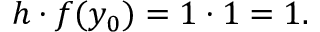
h \cdot f ( y _ { 0 } ) = 1 \cdot 1 = 1 . \qquad \qquad